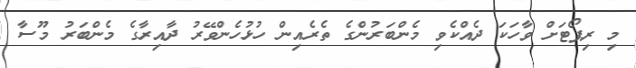
މި ރިޕޯޓަށް ވާހަކަ ދެއްކެވި މެންބަރުންގެ ތެރެއިން ހުޅުހެންވޭރު ދާއިރާގެ މެންބަރު މޫސާ